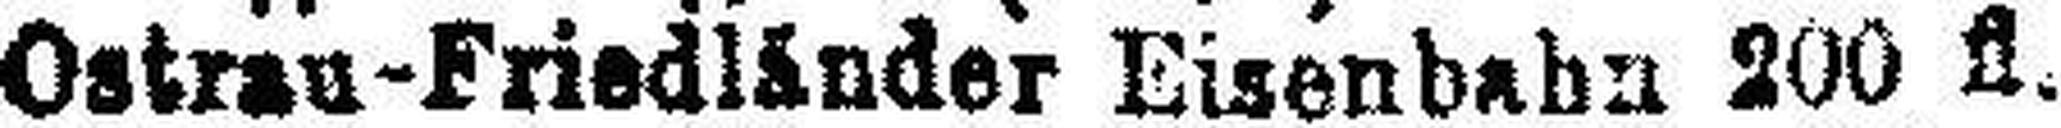
Ostrau-Friedl###nder Eisenbahn 200 fl.